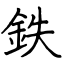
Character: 鉄